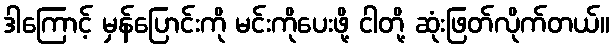
ဒါကြောင့် မှန်ပြောင်းကို မင်းကိုပေးဖို့ ငါတို့ ဆုံးဖြတ်လိုက်တယ်။